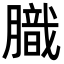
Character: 膱